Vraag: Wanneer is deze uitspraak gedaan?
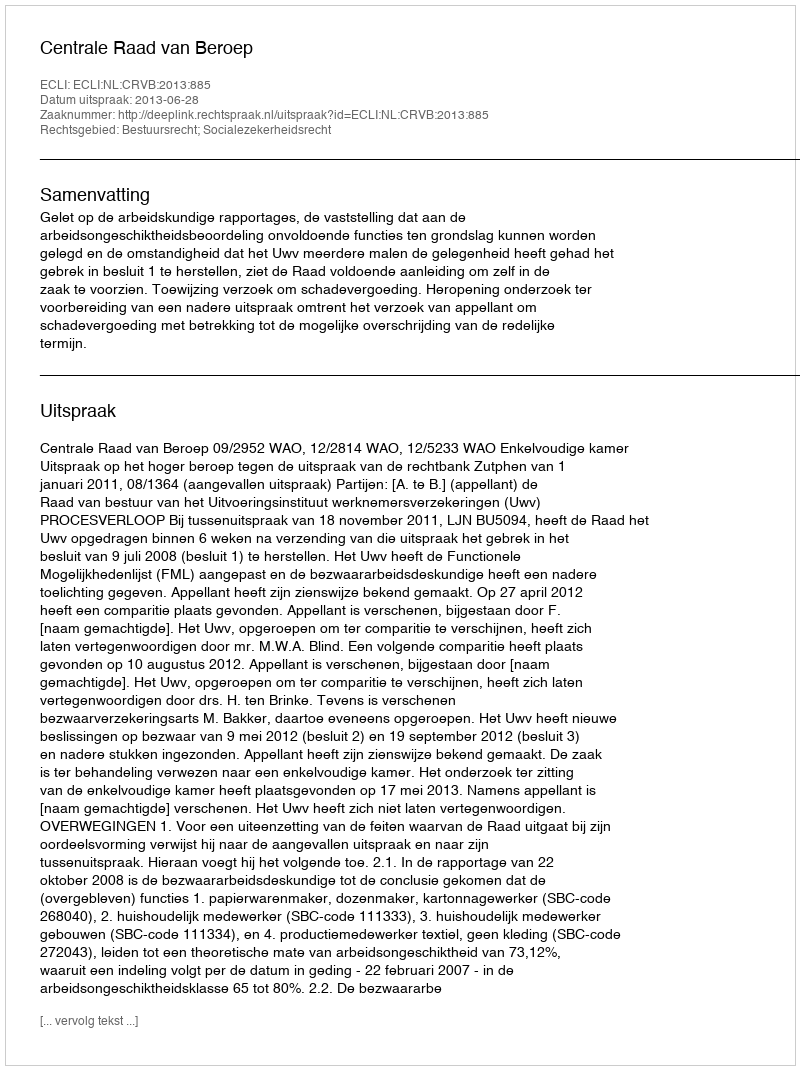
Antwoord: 2013-06-28